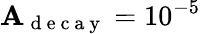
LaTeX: \mathbf{A}_{\mathrm{{~d~e~c~a~y~}}}=10^{-5}